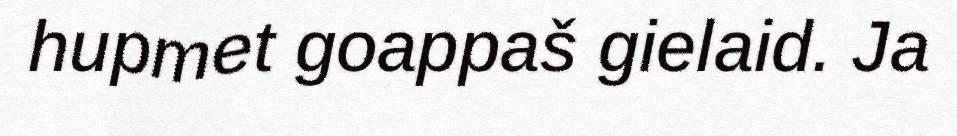
hupmet goappaš gielaid. Ja